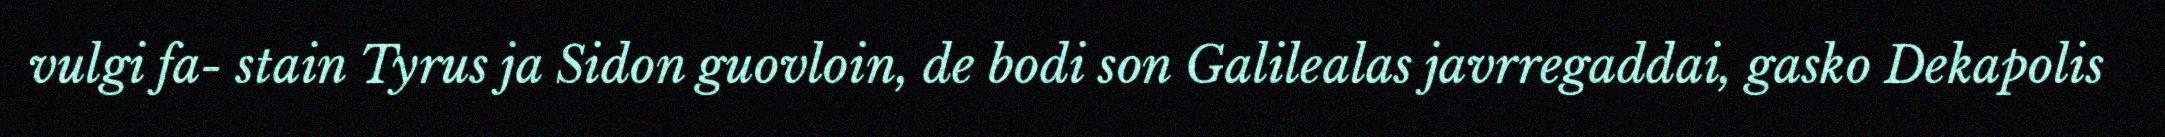
vulgi fa- stain Tyrus ja Sidon guovloin, de bodi son Galilealas javrregaddai, gasko Dekapolis